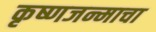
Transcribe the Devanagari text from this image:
कृष्णजन्माचा